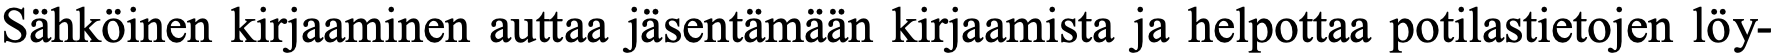
Sähköinen kirjaaminen auttaa jäsentämään kirjaamista ja helpottaa potilastietojen löy-